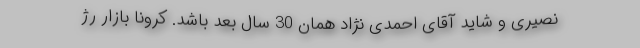
نصیری و شاید آقای احمدی نژاد همان 30 سال بعد باشد. کرونا بازار رژ